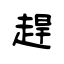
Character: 趕